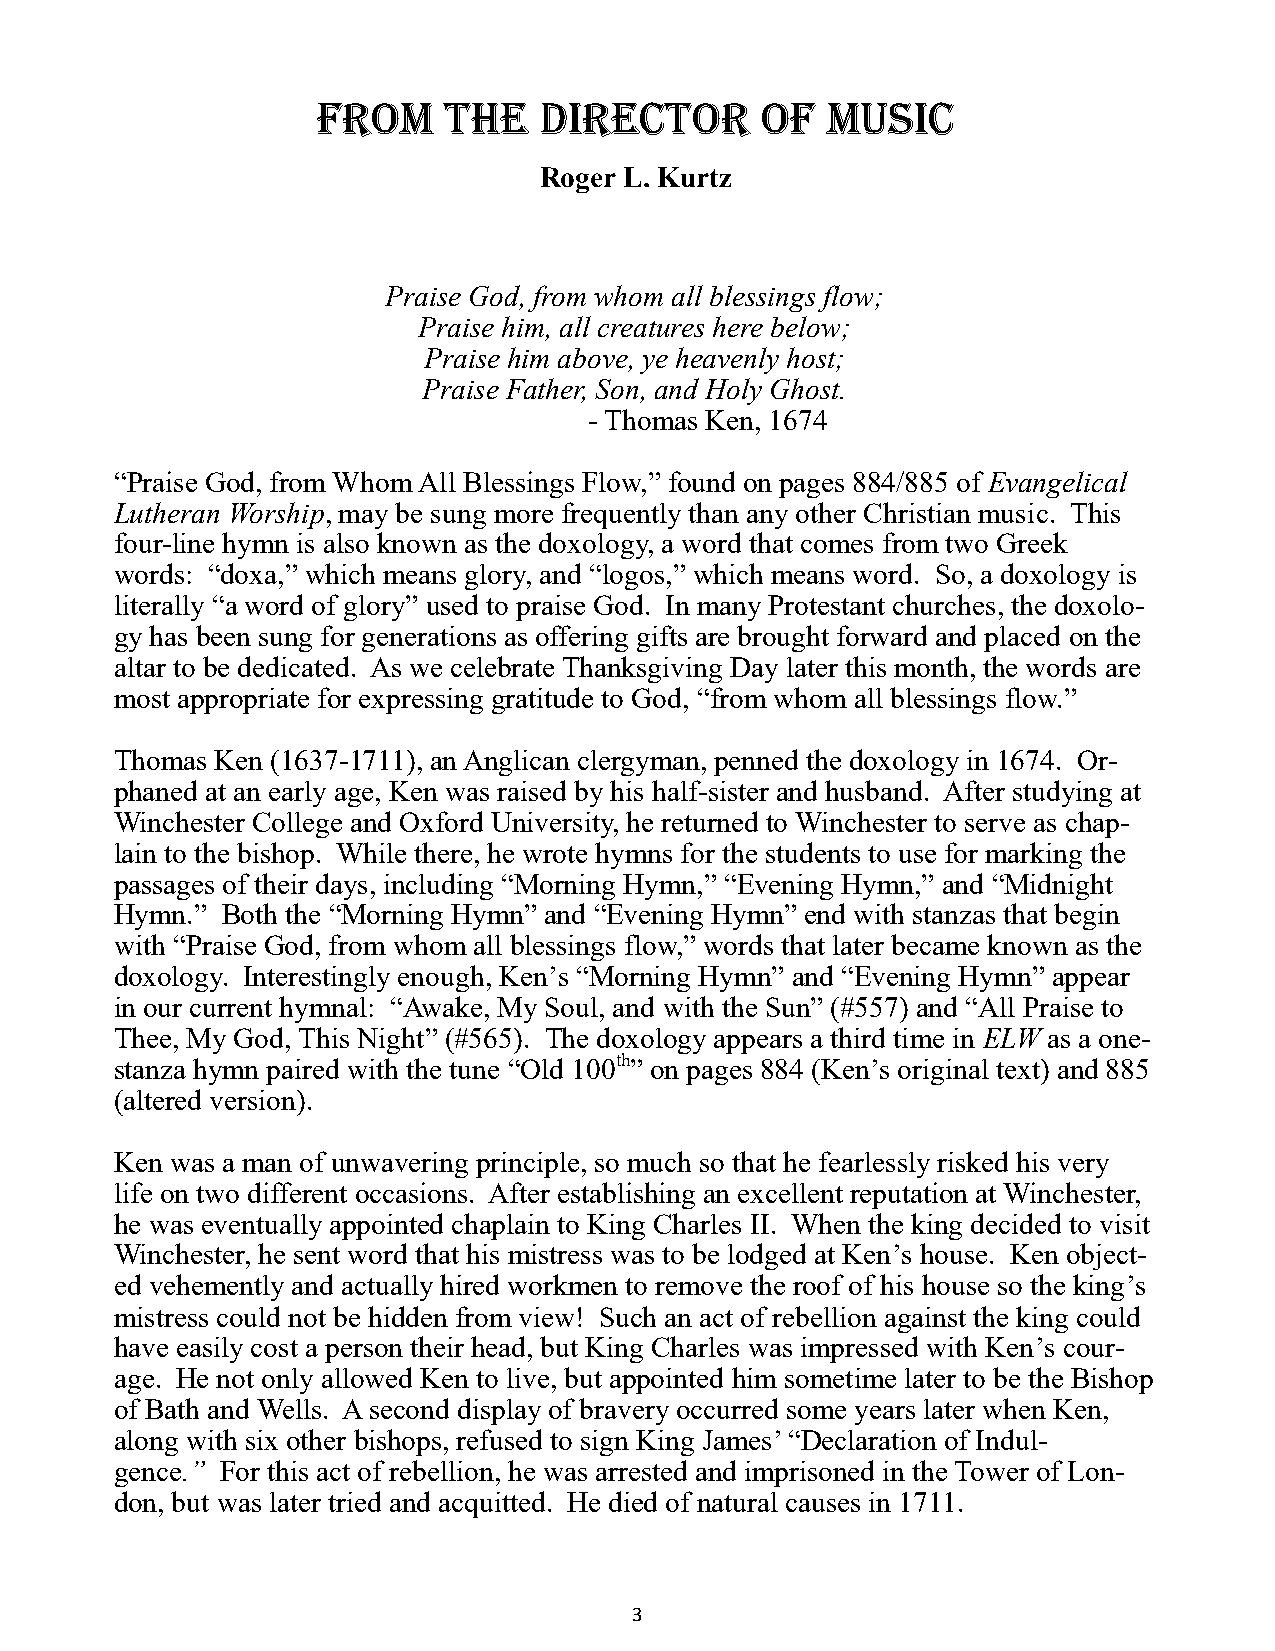
From    the    director      of   music
 Roger L. Kurtz
 Praise God, from whom all blessings flow;
 Praise him, all creatures here below;
 Praise him above, ye heavenly host;
 Praise Father, Son, and Holy Ghost.
 - Thomas Ken, 1674
 “Praise God, from Whom All Blessings Flow,” found on pages 884/885 of Evangelical
 Lutheran Worship, may be sung more frequently than any other Christian music. This
 four-line hymn is also known as the doxology, a word that comes from two Greek
 words: “doxa,” which means glory, and “logos,” which means word. So, a doxology is
 literally “a word of glory” used to praise God. In many Protestant churches, the doxolo-
 gy has been sung for generations as offering gifts are brought forward and placed on the
 altar to be dedicated. As we celebrate Thanksgiving Day later this month, the words are
 most appropriate for expressing gratitude to God, “from whom all blessings flow.”
 Thomas Ken (1637-1711), an Anglican clergyman, penned the doxology in 1674. Or-
 phaned at an early age, Ken was raised by his half-sister and husband. After studying at
 Winchester College and Oxford University, he returned to Winchester to serve as chap-
 lain to the bishop. While there, he wrote hymns for the students to use for marking the
 passages of their days, including “Morning Hymn,” “Evening Hymn,” and “Midnight
 Hymn.” Both the “Morning Hymn” and “Evening Hymn” end with stanzas that begin
 with “Praise God, from whom all blessings flow,” words that later became known as the
 doxology. Interestingly enough, Ken’s “Morning Hymn” and “Evening Hymn” appear
 in our current hymnal: “Awake, My Soul, and with the Sun” (#557) and “All Praise to
 Thee, My God, This Night” (#565). The doxology appears a third time in ELW as a one-
 stanza hymn paired with the tune “Old 100th” on pages 884 (Ken’s original text) and 885
 (altered version).
 Ken was a man of unwavering principle, so much so that he fearlessly risked his very
 life on two different occasions. After establishing an excellent reputation at Winchester,
 he was eventually appointed chaplain to King Charles II. When the king decided to visit
 Winchester, he sent word that his mistress was to be lodged at Ken’s house. Ken object-
 ed vehemently and actually hired workmen to remove the roof of his house so the king’s
 mistress could not be hidden from view! Such an act of rebellion against the king could
 have easily cost a person their head, but King Charles was impressed with Ken’s cour-
 age. He not only allowed Ken to live, but appointed him sometime later to be the Bishop
 of Bath and Wells. A second display of bravery occurred some years later when Ken,
 along with six other bishops, refused to sign King James’ “Declaration of Indul-
 gence.” For this act of rebellion, he was arrested and imprisoned in the Tower of Lon-
 don, but was later tried and acquitted. He died of natural causes in 1711.
 3